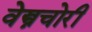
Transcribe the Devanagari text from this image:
वेस्त्रचोरी